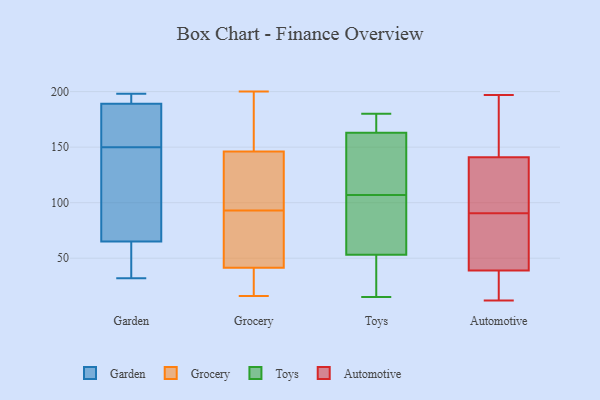
{"axis": {"x": "Budget (USD K)", "y": "Value"}, "legend": ["Automotive", "Garden", "Grocery", "Toys"], "data": [{"x": "", "y": 198, "type": "Garden"}, {"x": "", "y": 132, "type": "Garden"}, {"x": "", "y": 36, "type": "Garden"}, {"x": "", "y": 32, "type": "Garden"}, {"x": "", "y": 101, "type": "Garden"}, {"x": "", "y": 189, "type": "Garden"}, {"x": "", "y": 168, "type": "Garden"}, {"x": "", "y": 185, "type": "Garden"}, {"x": "", "y": 65, "type": "Garden"}, {"x": "", "y": 191, "type": "Garden"}, {"x": "", "y": 103, "type": "Grocery"}, {"x": "", "y": 83, "type": "Grocery"}, {"x": "", "y": 49, "type": "Grocery"}, {"x": "", "y": 183, "type": "Grocery"}, {"x": "", "y": 20, "type": "Grocery"}, {"x": "", "y": 140, "type": "Grocery"}, {"x": "", "y": 16, "type": "Grocery"}, {"x": "", "y": 128, "type": "Grocery"}, {"x": "", "y": 48, "type": "Grocery"}, {"x": "", "y": 200, "type": "Grocery"}, {"x": "", "y": 152, "type": "Grocery"}, {"x": "", "y": 35, "type": "Grocery"}, {"x": "", "y": 89, "type": "Toys"}, {"x": "", "y": 120, "type": "Toys"}, {"x": "", "y": 102, "type": "Toys"}, {"x": "", "y": 112, "type": "Toys"}, {"x": "", "y": 46, "type": "Toys"}, {"x": "", "y": 15, "type": "Toys"}, {"x": "", "y": 180, "type": "Toys"}, {"x": "", "y": 169, "type": "Toys"}, {"x": "", "y": 163, "type": "Toys"}, {"x": "", "y": 53, "type": "Toys"}, {"x": "", "y": 56, "type": "Automotive"}, {"x": "", "y": 76, "type": "Automotive"}, {"x": "", "y": 81, "type": "Automotive"}, {"x": "", "y": 123, "type": "Automotive"}, {"x": "", "y": 55, "type": "Automotive"}, {"x": "", "y": 156, "type": "Automotive"}, {"x": "", "y": 24, "type": "Automotive"}, {"x": "", "y": 163, "type": "Automotive"}, {"x": "", "y": 141, "type": "Automotive"}, {"x": "", "y": 12, "type": "Automotive"}, {"x": "", "y": 26, "type": "Automotive"}, {"x": "", "y": 37, "type": "Automotive"}, {"x": "", "y": 108, "type": "Automotive"}, {"x": "", "y": 138, "type": "Automotive"}, {"x": "", "y": 192, "type": "Automotive"}, {"x": "", "y": 100, "type": "Automotive"}, {"x": "", "y": 39, "type": "Automotive"}, {"x": "", "y": 197, "type": "Automotive"}]}